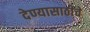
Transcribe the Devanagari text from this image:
देण्यासाठीचे